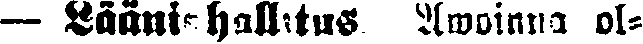
— Lääninhallitus. Awoinna ol-